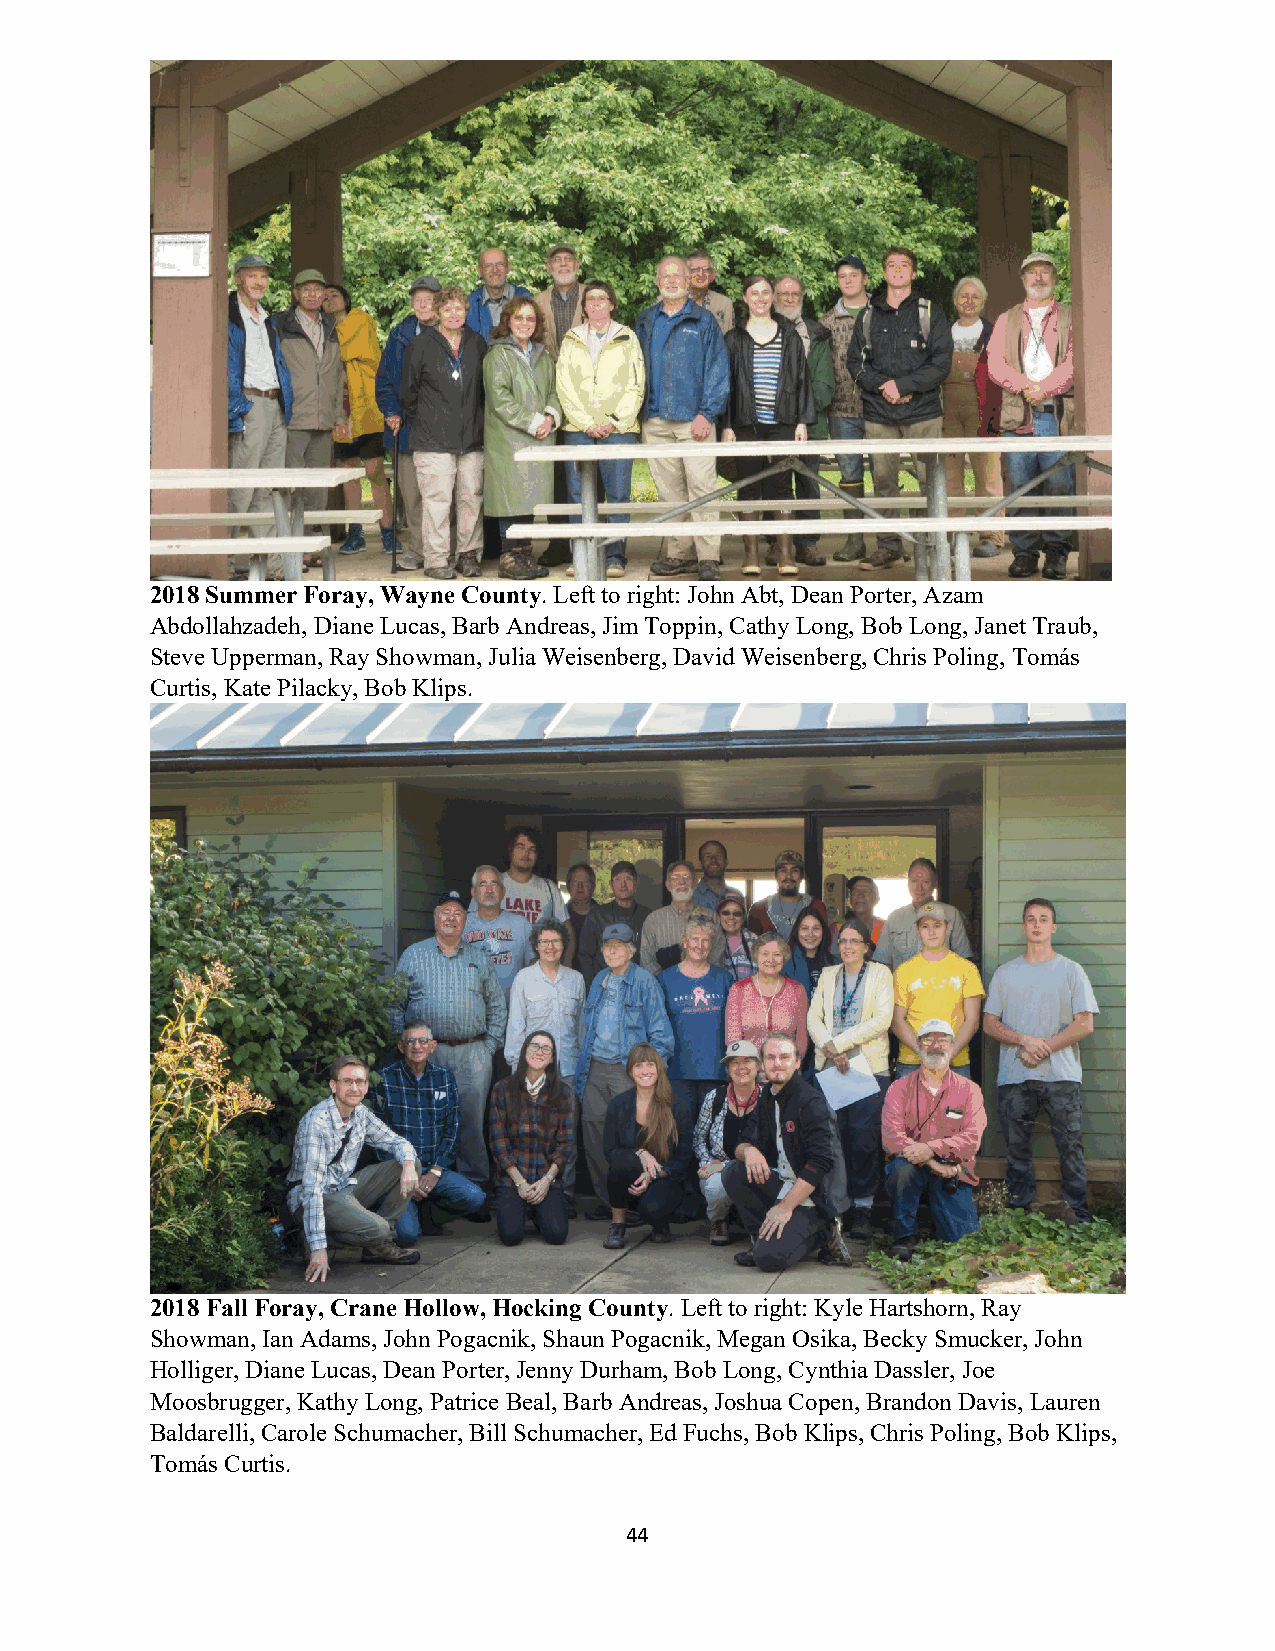
2018 Summer Foray, Wayne County. Left to right: John Abt, Dean Porter, Azam
 Abdollahzadeh, Diane Lucas, Barb Andreas, Jim Toppin, Cathy Long, Bob Long, Janet Traub,
 Steve Upperman, Ray Showman, Julia Weisenberg, David Weisenberg, Chris Poling, Tomás
 Curtis, Kate Pilacky, Bob Klips.
 2018 Fall Foray, Crane Hollow, Hocking County. Left to right: Kyle Hartshorn, Ray
 Showman, Ian Adams, John Pogacnik, Shaun Pogacnik, Megan Osika, Becky Smucker, John
 Holliger, Diane Lucas, Dean Porter, Jenny Durham, Bob Long, Cynthia Dassler, Joe
 Moosbrugger, Kathy Long, Patrice Beal, Barb Andreas, Joshua Copen, Brandon Davis, Lauren
 Baldarelli, Carole Schumacher, Bill Schumacher, Ed Fuchs, Bob Klips, Chris Poling, Bob Klips,
 Tomás Curtis.
 44